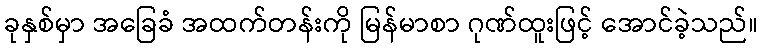
ခုနှစ်မှာ အခြေခံ အထက်တန်းကို မြန်မာစာ ဂုဏ်ထူးဖြင့် အောင်ခဲ့သည်။